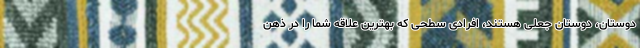
دوستان، دوستان جعلی هستند، افرادی سطحی که بهترین علاقه شما را در ذهن